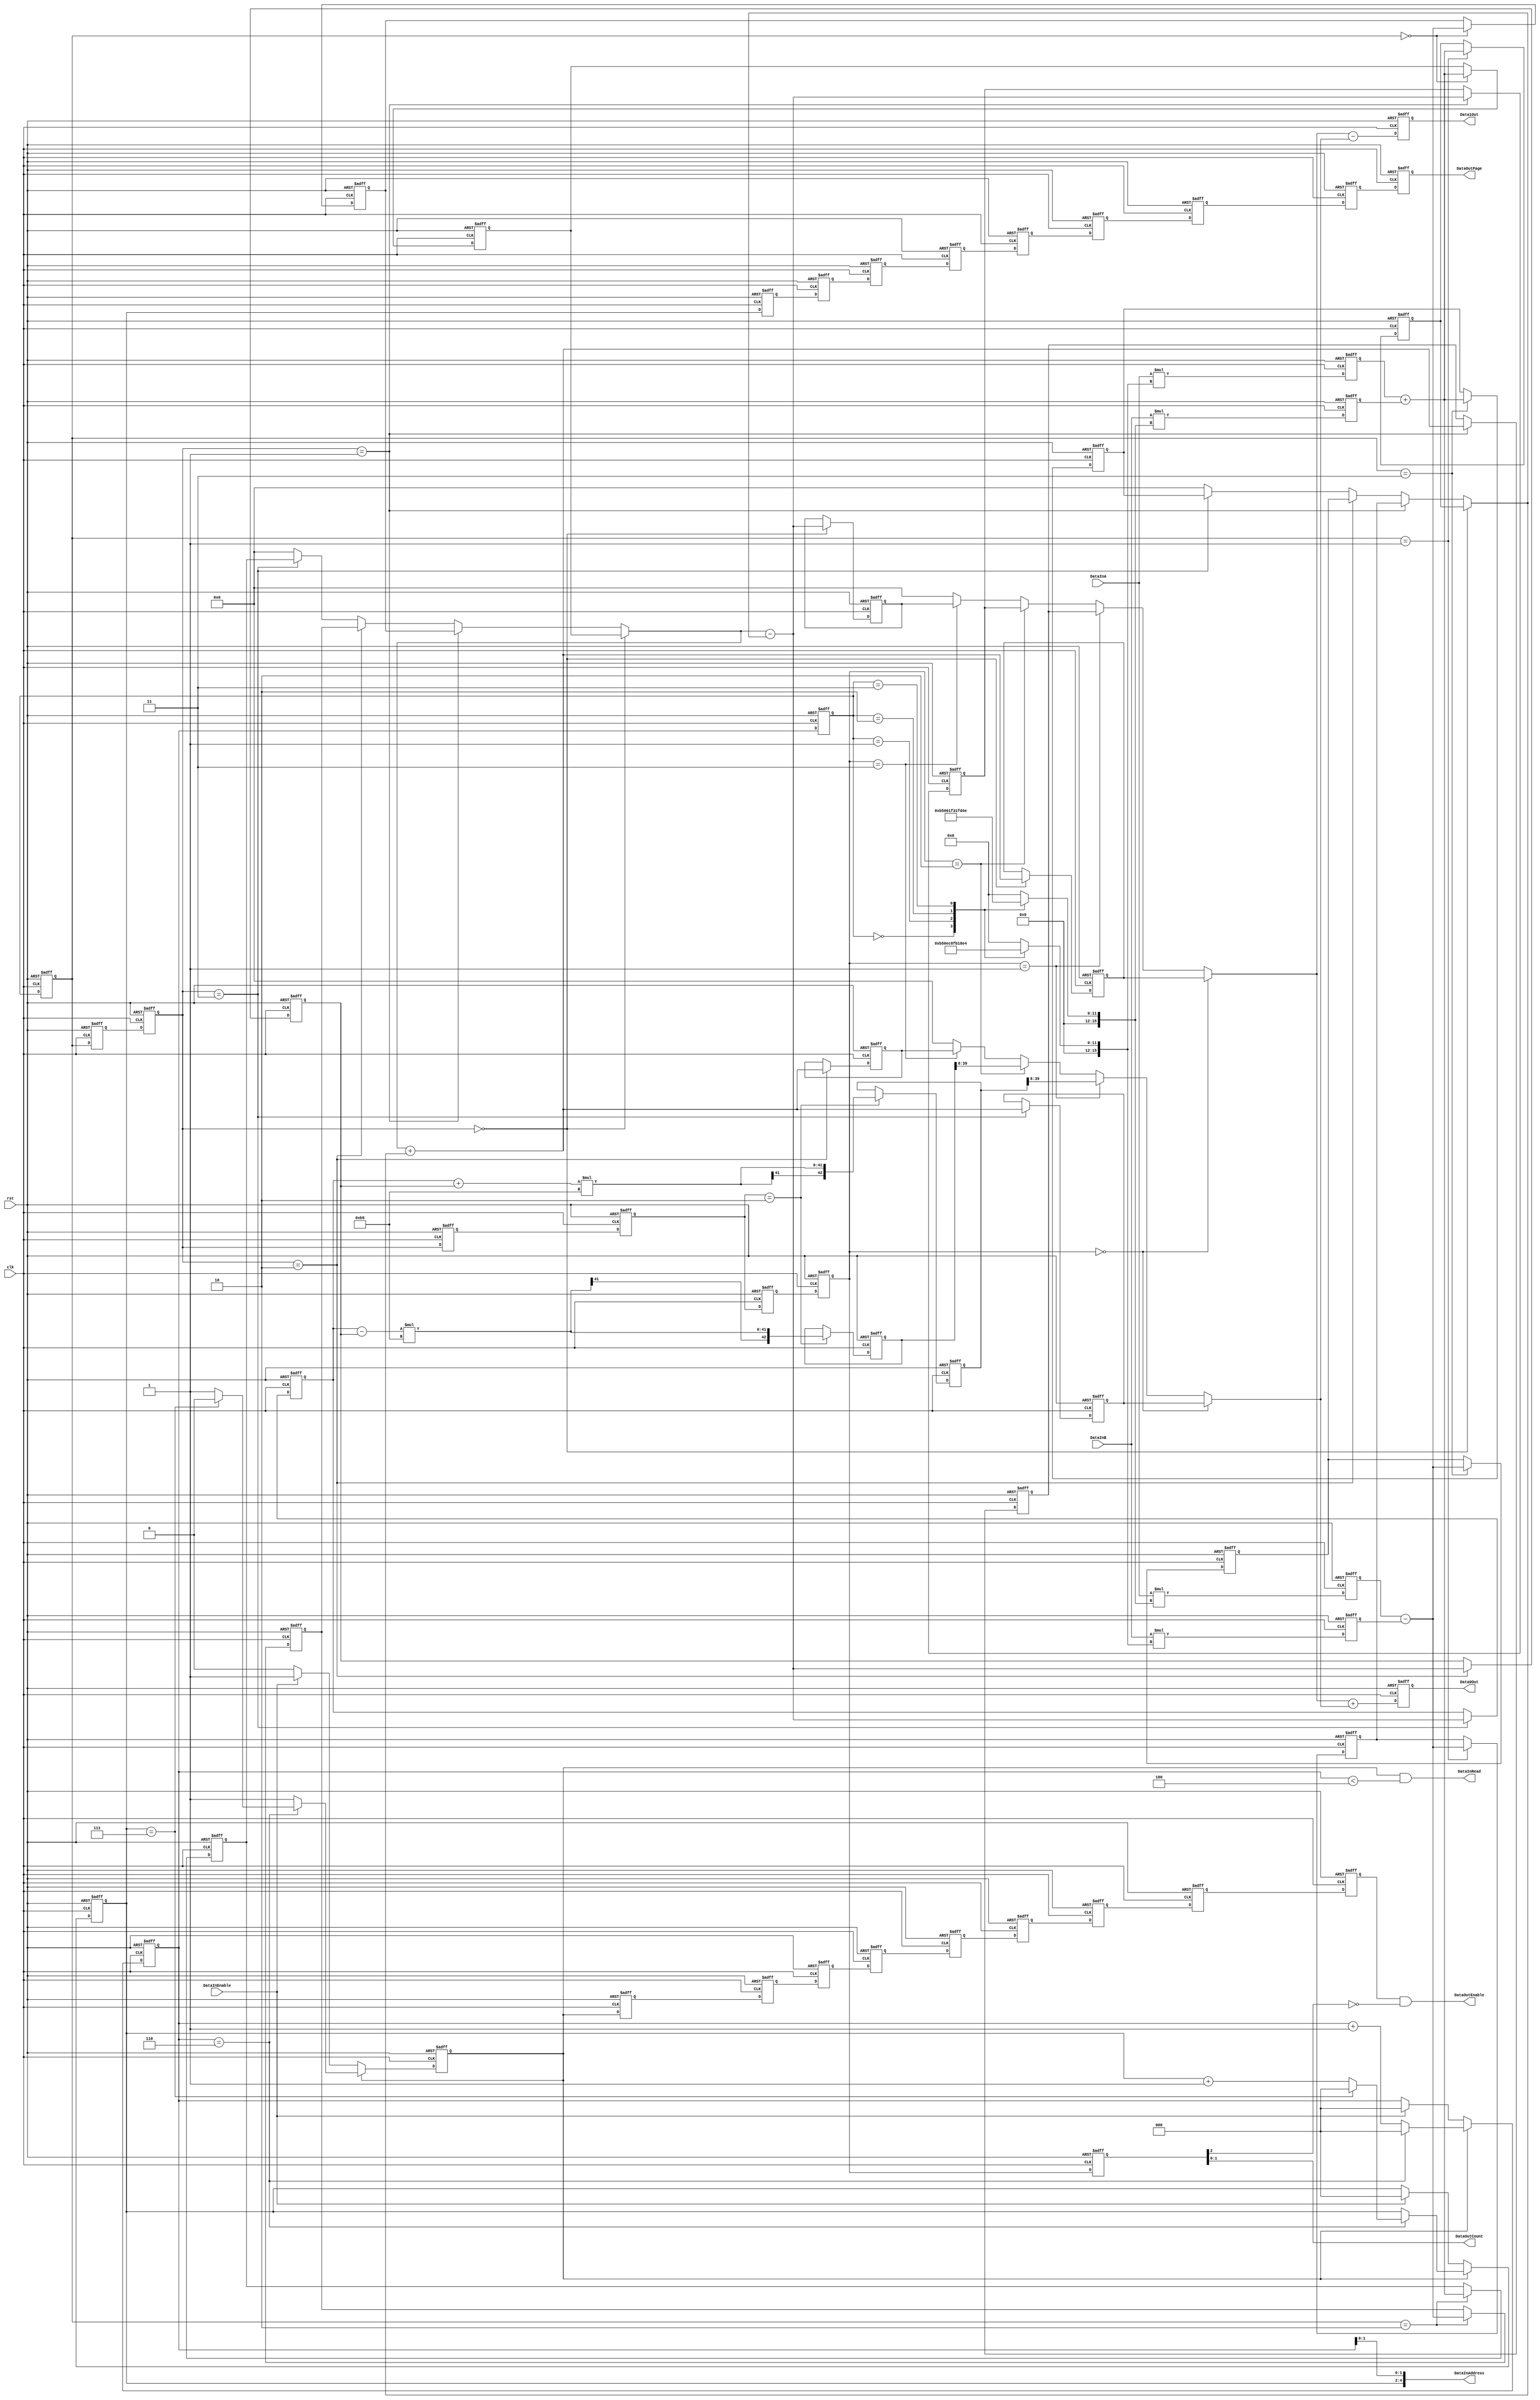
/*
 * Copyright (C)2006-2015 AQUAXIS TECHNOLOGY.
 *  Don't remove this header. 
 * When you use this source, there is a need to inherit this header.
 *
 * License
 *  For no commercial -
 *   License:     The Open Software License 3.0
 *   License URI: http://www.opensource.org/licenses/OSL-3.0
 *
 *  For commmercial -
 *   License:     AQUAXIS License 1.0
 *   License URI: http://www.aquaxis.com/licenses
 *
 * For further information please contact.
 *	URI:    http://www.aquaxis.com/
 */
`timescale 1ps / 1ps

module aq_djpeg_idct_calc(
    input           clk,
    input           rst,

    input           DataInEnable,
    output          DataInRead,
    output [4:0]    DataInAddress,
    input [15:0]    DataInA,
    input [15:0]    DataInB,

    output          DataOutEnable,
    output [2:0]    DataOutPage,
    output [1:0]    DataOutCount,
    output [31:0]   Data0Out,
    output [31:0]   Data1Out
);
    //-------------------------------------------------------------------------
    // Phase1
    //-------------------------------------------------------------------------
    reg           Phase1Enable;
    reg [2:0]     Phase1Page;
    reg [2:0]     Phase1Count;
    reg           Phase1EnableD;
    reg [2:0]     Phase1PageD;
    reg [2:0]     Phase1CountD;

    always @(posedge clk or negedge rst) begin
        if(!rst) begin
            Phase1Enable  <= 1'b0;
            Phase1Page    <= 3'd0;
            Phase1Count   <= 3'd0;
            Phase1EnableD <= 1'b0;
            Phase1PageD   <= 3'd0;
            Phase1CountD  <= 3'd0;
        end else begin
            if(Phase1Enable == 1'b0) begin
                if(DataInEnable == 1'b1) begin
                    Phase1Enable <= 1'b1;
                    Phase1Page   <= 3'd0;
                    Phase1Count  <= 3'd0;
                end
            end else begin
                if(Phase1Count == 3'd6) begin
                    if(Phase1Page == 3'd7) begin
                        Phase1Enable <= 1'b0;
                        Phase1Page   <= 3'd0;
                    end else begin
                        Phase1Page   <= Phase1Page + 3'd1;
                    end
                    Phase1Count <= 3'd0;
                end else begin
                    Phase1Count <= Phase1Count + 3'd1;
                end
            end
            Phase1EnableD <= Phase1Enable;
            Phase1PageD   <= Phase1Page;
            Phase1CountD  <= Phase1Count;
        end
    end

    assign DataInRead       = Phase1Enable & (Phase1Count < 3'd4);
    assign DataInAddress    = {Phase1Page, Phase1Count[1:0]};

    wire signed [15:0] Phase1R0w;
    wire signed [15:0] Phase1R1w;
    wire signed [15:0] Phase1C0w;
    wire signed [15:0] Phase1C1w;
    wire signed [15:0] Phase1C2w;
    wire signed [15:0] Phase1C3w;

    assign Phase1R0w = DataInA;
    assign Phase1R1w = DataInB;

    function [15:0] Phase1C0wSel;
        input [2:0] Phase1Count;
        begin
            case(Phase1Count)
                3'd0: begin
                    Phase1C0wSel = 16'd2896; // C4_16
                end
                3'd1: begin
                    Phase1C0wSel = 16'd3784; // C2_16
                end
                3'd2: begin
                    Phase1C0wSel = 16'd4017; // C1_16
                end
                3'd3: begin
                    Phase1C0wSel = 16'd2276; // C5_16
                end
                default: begin
                    Phase1C0wSel = 16'd0;
                end
            endcase
        end
    endfunction

    function [15:0] Phase1C1wSel;
        input [2:0]     Phase1Count;
        begin
            case(Phase1Count)
                3'd0: begin
                    Phase1C1wSel = 16'd2896; // C4_16
                end
                3'd1: begin
                    Phase1C1wSel = 16'd1567; // C6_16
                end
                3'd2: begin
                    Phase1C1wSel = 16'd799;  // C7_16
                end
                3'd3: begin
                    Phase1C1wSel = 16'd3406; // C3_16
                end
                default: begin
                    Phase1C1wSel = 16'd0;
                end
            endcase
        end
    endfunction

    function [15:0] Phase1C2wSel;
        input [2:0]     Phase1Count;
        begin
            case(Phase1Count)
                3'd0: begin
                    Phase1C2wSel = 16'd2896; // C4_16
                end
                3'd1: begin
                    Phase1C2wSel = 16'd1567; // C6_16
                end
                3'd2: begin
                    Phase1C2wSel = 16'd799;  // C7_16
                end
                3'd3: begin
                    Phase1C2wSel = 16'd3406; // C3_16
                end
                default: begin
                    Phase1C2wSel = 16'd0;
                end
            endcase
        end
    endfunction

    function [15:0] Phase1C3wSel;
        input [2:0]     Phase1Count;
        begin
            case(Phase1Count)
                3'd0: begin
                    Phase1C3wSel = 16'd2896; // C4_16
                end
                3'd1: begin
                    Phase1C3wSel = 16'd3784; // C2_16
                end
                3'd2: begin
                    Phase1C3wSel = 16'd4017; // C1_16
                end
                3'd3: begin
                    Phase1C3wSel = 16'd2276; // C5_16
                end
                default: begin
                    Phase1C3wSel = 16'd0;
                end
            endcase
        end
    endfunction

    assign Phase1C0w = Phase1C0wSel(Phase1CountD);
    assign Phase1C1w = Phase1C1wSel(Phase1CountD);
    assign Phase1C2w = Phase1C2wSel(Phase1CountD);
    assign Phase1C3w = Phase1C3wSel(Phase1CountD);

    reg signed [31:0] Phase1R0r;
    reg signed [31:0] Phase1R1r;
    reg signed [31:0] Phase1R2r;
    reg signed [31:0] Phase1R3r;

    always @(posedge clk or negedge rst) begin
        if(!rst) begin
            Phase1R0r <= 0;
            Phase1R1r <= 0;
            Phase1R2r <= 0;
            Phase1R3r <= 0;
        end else begin
            Phase1R0r <= Phase1R0w * Phase1C0w;
            Phase1R1r <= Phase1R1w * Phase1C1w;
            Phase1R2r <= Phase1R0w * Phase1C2w;
            Phase1R3r <= Phase1R1w * Phase1C3w;
        end
    end

/*
    always @(posedge clk) begin
        if((Phase1EnableD == 1'b1) && (Phase1CountD < 3'd4)) begin
            $display("(%d,%d) = %8x, %8x",Phase1PageD ,Phase1CountD,
                                                   Phase1R0w, Phase1R1w);
        end
        //if((Phase1EnableD == 1'b1) && (Phase1CountD < 3'd4)) begin
        //    $display("(%d,%d) = %8x, %8x, %8x, %8x",Phase1PageD ,Phase1CountD,
        //                                           Phase1R0r, Phase1R1r, Phase1R2r, Phase1R3r);
        //end
    end
*/
    //-------------------------------------------------------------------------
    // Phase2
    //  R0: s0,s3,s7,s6
    //  R1: s1,s2,s4,s5
    //-------------------------------------------------------------------------
    reg             Phase2Enable;
    reg [2:0]       Phase2Page;
    reg [2:0]       Phase2Count;
    reg             Phase2EnableD;
    reg [2:0]       Phase2PageD;
    reg [2:0]       Phase2CountD;

    always @(posedge clk or negedge rst) begin
        if(!rst) begin
            Phase2Enable  <= 1'b0;
            Phase2Page    <= 3'd0;
            Phase2Count   <= 3'd0;
            Phase2EnableD <= 1'b0;
            Phase2PageD   <= 3'd0;
            Phase2CountD  <= 3'd0;
        end else begin
            Phase2Enable  <= Phase1EnableD;
            Phase2Page    <= Phase1PageD;
            Phase2Count   <= Phase1CountD;
            Phase2EnableD <= Phase2Enable;
            Phase2PageD   <= Phase2Page;
            Phase2CountD  <= Phase2Count;
        end
    end

    wire signed [31:0] Phase2A0w;
    wire signed [31:0] Phase2A1w;

    assign             Phase2A0w = Phase1R0r + Phase1R1r;
    assign             Phase2A1w = Phase1R2r - Phase1R3r;

    reg signed [31:0]  Phase2Reg [0:7];

    always @(posedge clk or negedge rst) begin
        if(!rst) begin
            Phase2Reg[0] <= 0;
            Phase2Reg[1] <= 0;
            Phase2Reg[2] <= 0;
            Phase2Reg[3] <= 0;
            Phase2Reg[4] <= 0;
            Phase2Reg[5] <= 0;
            Phase2Reg[6] <= 0;
            Phase2Reg[7] <= 0;
        end else begin
            case(Phase2Count)
              3'd0: begin
                  Phase2Reg[0] <= Phase2A0w;
                  Phase2Reg[1] <= Phase2A1w;
              end
              3'd1: begin
                  Phase2Reg[3] <= Phase2A0w;
                  Phase2Reg[2] <= Phase2A1w;
              end
              3'd2: begin
                  Phase2Reg[7] <= Phase2A0w;
                  Phase2Reg[4] <= Phase2A1w;
              end
              3'd3: begin
                  Phase2Reg[6] <= Phase2A0w;
                  Phase2Reg[5] <= Phase2A1w;
              end
            endcase
        end
    end

    //-------------------------------------------------------------------------
    // Phase3
    //  R0: t0,t1,t4,t7
    //  R1: t3,t2,t5,t6
    //-------------------------------------------------------------------------
    reg           Phase3Enable;
    reg [2:0]     Phase3Page;
    reg [2:0]     Phase3Count;
    reg           Phase3EnableD;
    reg [2:0]     Phase3PageD;
    reg [2:0]     Phase3CountD;

    always @(posedge clk or negedge rst) begin
        if(!rst) begin
            Phase3Enable  <= 1'b0;
            Phase3Page    <= 3'd0;
            Phase3Count   <= 3'd0;
            Phase3EnableD <= 1'b0;
            Phase3PageD   <= 3'd0;
            Phase3CountD  <= 3'd0;
        end else begin
            Phase3Enable  <= Phase2EnableD;
            Phase3Page    <= Phase2PageD;
            Phase3Count   <= Phase2CountD;
            Phase3EnableD <= Phase3Enable;
            Phase3PageD   <= Phase3Page;
            Phase3CountD  <= Phase3Count;
        end
    end

    wire signed [31:0] Phase3R0w;
    wire signed [31:0] Phase3R1w;

    assign             Phase3R0w = (Phase3Count == 3'd0)?Phase2Reg[0]:
                                   (Phase3Count == 3'd1)?Phase2Reg[1]:
                                   (Phase3Count == 3'd2)?Phase2Reg[4]:
                                   (Phase3Count == 3'd3)?Phase2Reg[7]:
                                   32'd0;
    assign             Phase3R1w = (Phase3Count == 3'd0)?Phase2Reg[3]:
                                   (Phase3Count == 3'd1)?Phase2Reg[2]:
                                   (Phase3Count == 3'd2)?Phase2Reg[5]:
                                   (Phase3Count == 3'd3)?Phase2Reg[6]:
                                   32'd0;



    wire signed [31:0] Phase3A0w;
    wire signed [31:0] Phase3A1w;
    assign             Phase3A0w = Phase3R0w + Phase3R1w;
    assign             Phase3A1w = Phase3R0w - Phase3R1w;

    reg signed [31:0]  Phase3Reg [0:7];

    always @(posedge clk or negedge rst) begin
        if(!rst) begin
            Phase3Reg[0] <= 0;
            Phase3Reg[1] <= 0;
            Phase3Reg[2] <= 0;
            Phase3Reg[3] <= 0;
            Phase3Reg[4] <= 0;
            Phase3Reg[5] <= 0;
            Phase3Reg[6] <= 0;
            Phase3Reg[7] <= 0;
        end else begin
            case(Phase3Count)
              3'd0: begin
                  Phase3Reg[0] <= Phase3A0w;
                  Phase3Reg[3] <= Phase3A1w;
              end
              3'd1: begin
                  Phase3Reg[1] <= Phase3A0w;
                  Phase3Reg[2] <= Phase3A1w;
              end
              3'd2: begin
                  Phase3Reg[4] <= Phase3A0w;
                  Phase3Reg[5] <= Phase3A1w;
              end
              3'd3: begin
                  Phase3Reg[7] <= Phase3A0w;
                  Phase3Reg[6] <= Phase3A1w;
              end
            endcase
        end
    end

    //-------------------------------------------------------------------------
    // Phase4
    //  R0: s6
    //  R1: s5
    //-------------------------------------------------------------------------
    reg           Phase4Enable;
    reg [2:0]     Phase4Page;
    reg [2:0]     Phase4Count;
    reg           Phase4EnableD;
    reg [2:0]     Phase4PageD;
    reg [2:0]     Phase4CountD;

    always @(posedge clk or negedge rst) begin
        if(!rst) begin
            Phase4Enable  <= 1'b0;
            Phase4Page    <= 3'd0;
            Phase4Count   <= 3'd0;
            Phase4EnableD <= 1'b0;
            Phase4PageD   <= 3'd0;
            Phase4CountD  <= 3'd0;
        end else begin
            Phase4Enable  <= Phase3EnableD;
            Phase4Page    <= Phase3PageD;
            Phase4Count   <= Phase3CountD;
            Phase4EnableD <= Phase4Enable;
            Phase4PageD   <= Phase4Page;
            Phase4CountD  <= Phase4Count;
        end
    end

    reg signed [42:0] Phase4R0r;
    reg signed [42:0] Phase4R1r;

    wire signed [8:0] C_181;
    assign            C_181 = 9'h0B5;

    wire signed [32:0] Phase4R0w;
    wire signed [32:0] Phase4R1w;

    assign Phase4R0w = Phase3Reg[6] + Phase3Reg[5];
    assign Phase4R1w = Phase3Reg[6] - Phase3Reg[5];

    always @(posedge clk or negedge rst) begin
        if(!rst) begin
            Phase4R0r <= 0;
            Phase4R1r <= 0;
        end else begin
            case(Phase4Count)
              3'd2: begin
                  //Phase4R0r <= (Phase3Reg[6] + Phase3Reg[5]) * C_181;
                  //Phase4R1r <= (Phase3Reg[6] - Phase3Reg[5]) * C_181;
                  Phase4R0r <= Phase4R0w * C_181;
                  Phase4R1r <= Phase4R1w * C_181;
              end
            endcase
        end
    end

    //-------------------------------------------------------------------------
    // Phase5
    //  R0: B0,B1,B2,B3
    //  R1: B7,B6,B5,B4
    //-------------------------------------------------------------------------
    reg           Phase5Enable;
    reg [2:0]     Phase5Page;
    reg [2:0]     Phase5Count;
    reg           Phase5EnableD;
    reg [2:0]     Phase5PageD;
    reg [2:0]     Phase5CountD;

    always @(posedge clk or negedge rst) begin
        if(!rst) begin
            Phase5Enable  <= 1'b0;
            Phase5Page    <= 3'd0;
            Phase5Count   <= 3'd0;
            Phase5EnableD <= 1'b0;
            Phase5PageD   <= 3'd0;
            Phase5CountD  <= 3'd0;
        end else begin
            Phase5Enable  <= Phase4EnableD;
            Phase5Page    <= Phase4PageD;
            Phase5Count   <= Phase4CountD;
            Phase5EnableD <= Phase5Enable;
            Phase5PageD   <= Phase5Page;
            Phase5CountD  <= Phase5Count;
        end
    end

    wire signed [31:0] Phase5R0w;
    wire signed [31:0] Phase5R1w;
    assign             Phase5R0w = (Phase5Count == 3'd0)?Phase3Reg[0]:
                                   (Phase5Count == 3'd1)?Phase3Reg[1]:
                                   (Phase5Count == 3'd2)?Phase3Reg[2]:
                                   (Phase5Count == 3'd3)?Phase3Reg[3]:
                                   32'd0;
    assign             Phase5R1w = (Phase5Count == 3'd0)?Phase3Reg[7]:
                                   (Phase5Count == 3'd1)?Phase4R0r >> 8:
                                   (Phase5Count == 3'd2)?Phase4R1r >> 8:
                                   (Phase5Count == 3'd3)?Phase3Reg[4]:
                                   32'd0;

    reg signed [31:0]  Phase5R0r;
    reg signed [31:0]  Phase5R1r;

    always @(posedge clk or negedge rst) begin
        if(!rst) begin
            Phase5R0r <= 0;
            Phase5R1r <= 0;
        end else begin
            Phase5R0r <= Phase5R0w + Phase5R1w;
            Phase5R1r <= Phase5R0w - Phase5R1w;
        end
    end

    assign DataOutEnable = Phase5EnableD == 1'b1 & Phase5CountD[2] == 1'b0;
    assign DataOutPage   = Phase5PageD;
    assign DataOutCount  = Phase5CountD[1:0];

    assign Data0Out = Phase5R0r;
    assign Data1Out = Phase5R1r;

endmodule